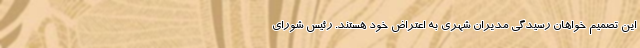
این تصمیم خواهان رسیدگی مدیران شهری به اعتراض خود هستند. رئیس شورای